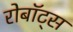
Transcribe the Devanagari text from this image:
रोबॉट्स